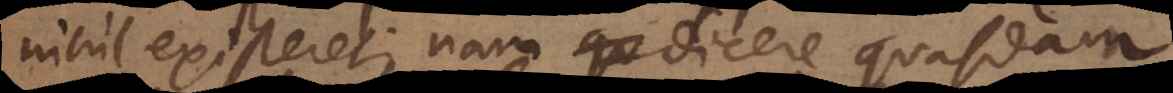
nihil existeret; nam dicere quasdam